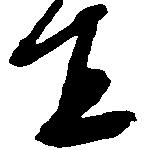
宜